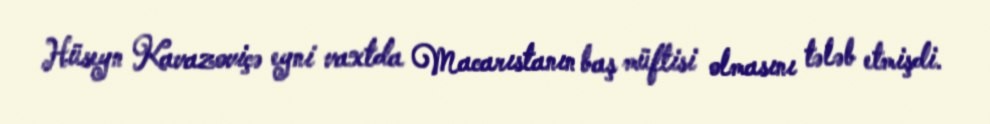
Hüseyn Kavazoviçə eyni vaxtda Macarıstanın baş müftisi olmasını tələb etmişdi.